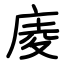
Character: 庱